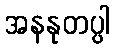
အနနုတပ္ပါ